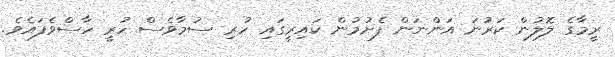
ރީމާގެ ލޮލުން ކަރުނަ އަންނަން ފެށުމުން ކައިރީގައި ހުރި ސުމާވެސް ހުރީ ހާސްވެފައެވެ.